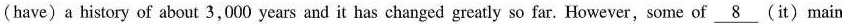
(have) a history of about 3,000 years and it has changed greatly so far. However,some of \underline{8} (it) main